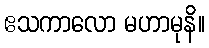
ဧသကာလော မဟာမုနိ။